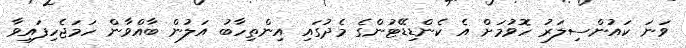
ވަނަ ކައުންސިލަރު ހޮވުމަށް އެ ކެންޑިޑޭޓުންގެ މެދުގައި އިންތިހާބު އަލުން ބާއްވާން ހަމަޖެހިފައިވާ